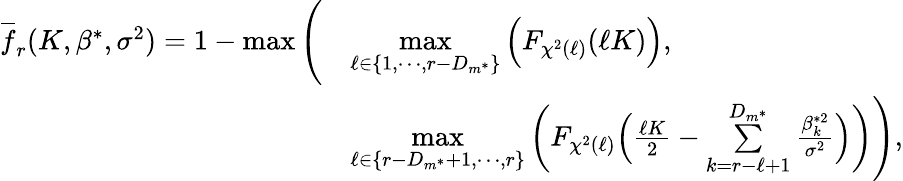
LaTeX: \begin{array}{rl}{\overline{{f}}_{r}(K,\beta^{*},\sigma^{2})=1-\operatorname*{max}\Bigg(}&{\underset{\ell\in\{ 1,\cdots,r-D_{m^{*}}\} }{\operatorname*{max}}\Big(F_{\chi^{2}(\ell)}(\ell K)\Big),}\\ &{\underset{\ell\in\{ r-D_{m^{*}}+1,\cdots,r\} }{\operatorname*{max}}\bigg(F_{\chi^{2}(\ell)}\Big(\frac{\ell K}{2}-\underset{k=r-\ell+1}{\overset{D_{m^{*}}}{\sum}}\frac{\beta_{k}^{*2}}{\sigma^{2}}\Big)\bigg)\Bigg),}\end{array}